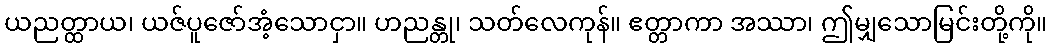
ယညတ္ထာယ၊ ယဇ်ပူဇော်အံ့သောငှာ။ ဟညန္တု၊ သတ်လေကုန်။ ဧတ္တာကာ အဿာ၊ ဤမျှသောမြင်းတို့ကို။